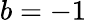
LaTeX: b=-1